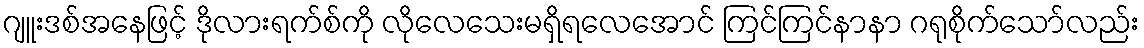
ဂျူးဒစ်အနေဖြင့် ဒိုလားရက်စ်ကို လိုလေသေးမရှိရလေအောင် ကြင်ကြင်နာနာ ဂရုစိုက်သော်လည်း